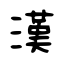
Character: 漢